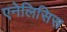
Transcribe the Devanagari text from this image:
एनेलिसिस